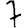
Digit: 7